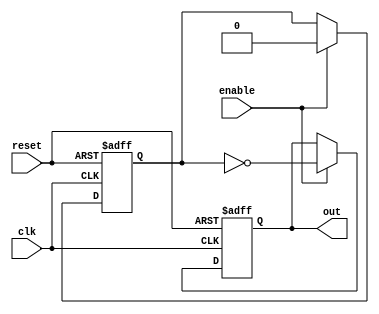
module NOR_gate_delay(
    input wire clk,
    input wire reset,
    input wire enable,
    output reg out
);

reg internal_out;
reg delay_internal;

always @(posedge clk or posedge reset) begin
    if (reset) begin
        delay_internal <= 0;
        internal_out <= 0;
    end else if (enable) begin
        delay_internal <= 1'b0;
        internal_out <= ~({reset, internal_out, delay_internal});
    end
end

assign out = internal_out;

endmodule